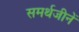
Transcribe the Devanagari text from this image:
समर्थजीनें